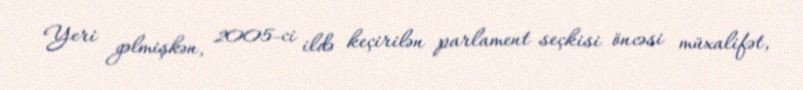
Yeri gəlmişkən, 2005-ci ildə keçirilən parlament seçkisi öncəsi müxalifət,